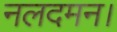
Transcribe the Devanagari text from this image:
नलदमन।